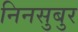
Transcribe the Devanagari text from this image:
निनसुबुर